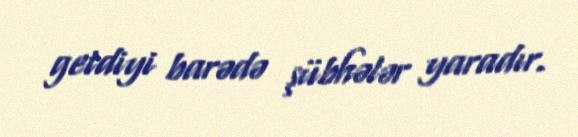
getdiyi barədə şübhələr yaradır.